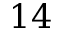
1 4